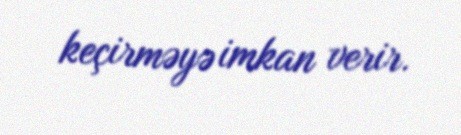
keçirməyə imkan verir.